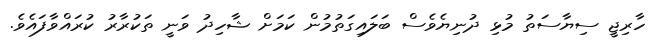
ހާރިޖީ ސިޔާސަތު މުޅި ދުނިޔެވެސް ބަލައިގަތުމުން ކަމަށް ޝާހިދު ވަނީ ތަކުރާރު ކުރައްވާފައެވެ.